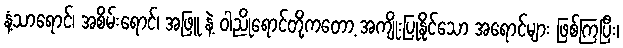
နံ့သာရောင်၊ အစိမ်းရောင်၊ အဖြူ နဲ့ ဝါညိုရောင်တို့ကတော့ အကျိုးပြုနိုင်သော အရောင်များ ဖြစ်ကြပြီး၊